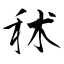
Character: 秫